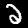
Label: 2